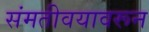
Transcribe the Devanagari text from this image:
संमतीवयावरून